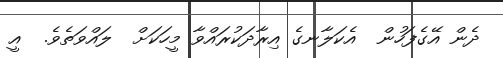
ދެން އޭގެފަހުން  އެކަލާނގެ އިރާދަކުރައްވާ މީހަކަށް  ލައްވަތެވެ.  އީ